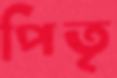
পিতৃৃ